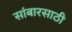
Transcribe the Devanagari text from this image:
सांबारसाठी